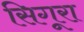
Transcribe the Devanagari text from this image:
सिगूरा